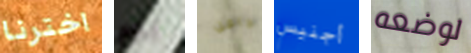
اخترنا يوم دافن أجنيس لوضعه